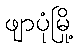
ဖျာပုံမြို့